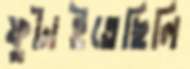
ফুটাইতেছিলি